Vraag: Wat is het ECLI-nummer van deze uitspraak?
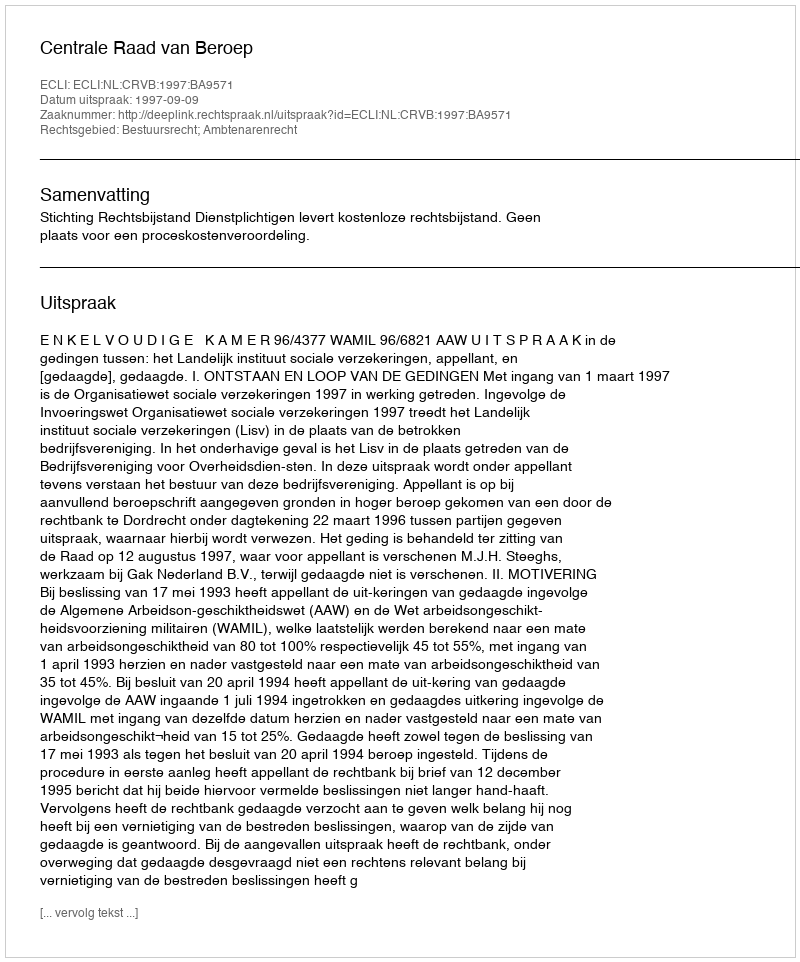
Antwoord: ECLI:NL:CRVB:1997:BA9571